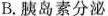
B.胰岛素分泌